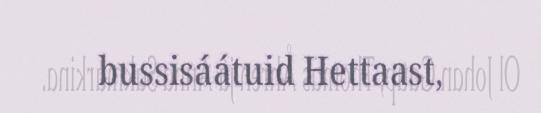
bussisáátuid Hettaast,